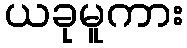
ယခုမူကား